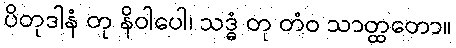
ပိတုဒါနံ တု နိဝါပေါ၊ သဒ္ဓံ တု တံဝ သာတ္ထတော။